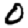
Digit: 0